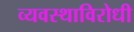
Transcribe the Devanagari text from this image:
व्यवस्थाविरोधी